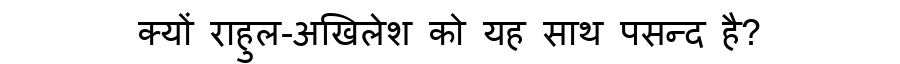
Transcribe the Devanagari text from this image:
क्यों राहुल-अखिलेश को यह साथ पसन्द है?